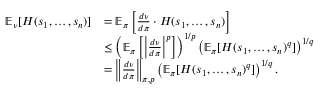
\begin{array} { r l } { \mathbb { E } _ { \boldsymbol \nu } [ H ( s _ { 1 } , \dots , s _ { n } ) ] } & { = \mathbb { E } _ { \boldsymbol \pi } \left[ \frac { d \boldsymbol \nu } { d \boldsymbol \pi } \cdot H ( s _ { 1 } , \dots , s _ { n } ) \right] } \\ & { \leq \left( \mathbb { E } _ { \boldsymbol \pi } \left[ \left\lvert \frac { d \boldsymbol \nu } { d \boldsymbol \pi } \right\rvert ^ { p } \right] \right) ^ { 1 / p } \left( \mathbb { E } _ { \boldsymbol \pi } [ H ( s _ { 1 } , \dots , s _ { n } ) ^ { q } ] \right) ^ { 1 / q } } \\ & { = \left\lVert \frac { d \boldsymbol \nu } { d \boldsymbol \pi } \right\rVert _ { \boldsymbol \pi , p } \left( \mathbb { E } _ { \boldsymbol \pi } [ H ( s _ { 1 } , \dots , s _ { n } ) ^ { q } ] \right) ^ { 1 / q } . } \end{array}